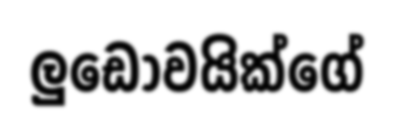
ලුඩොවයික්ගේ